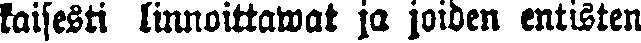
kaisesti linnoittawat ja joiden entisten